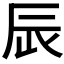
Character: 𨑄